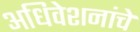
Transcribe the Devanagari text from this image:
अधिवेशनांचे